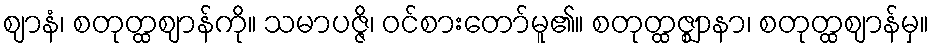
ဈာနံ၊ စတုတ္ထဈာန်ကို။ သမာပဇ္ဇိ၊ ဝင်စားတော်မူ၏။ စတုတ္ထဇ္ဈာနာ၊ စတုတ္ထဈာန်မှ။